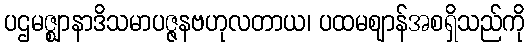
ပဌမဇ္ဈာနာဒိသမာပဇ္ဇနဗဟုလတာယ၊ ပထမဈာန်အစရှိသည်ကို